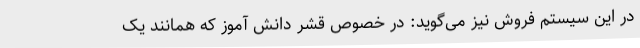
در این سیستم فروش نیز می‌گوید: در خصوص قشر دانش آموز که همانند یک